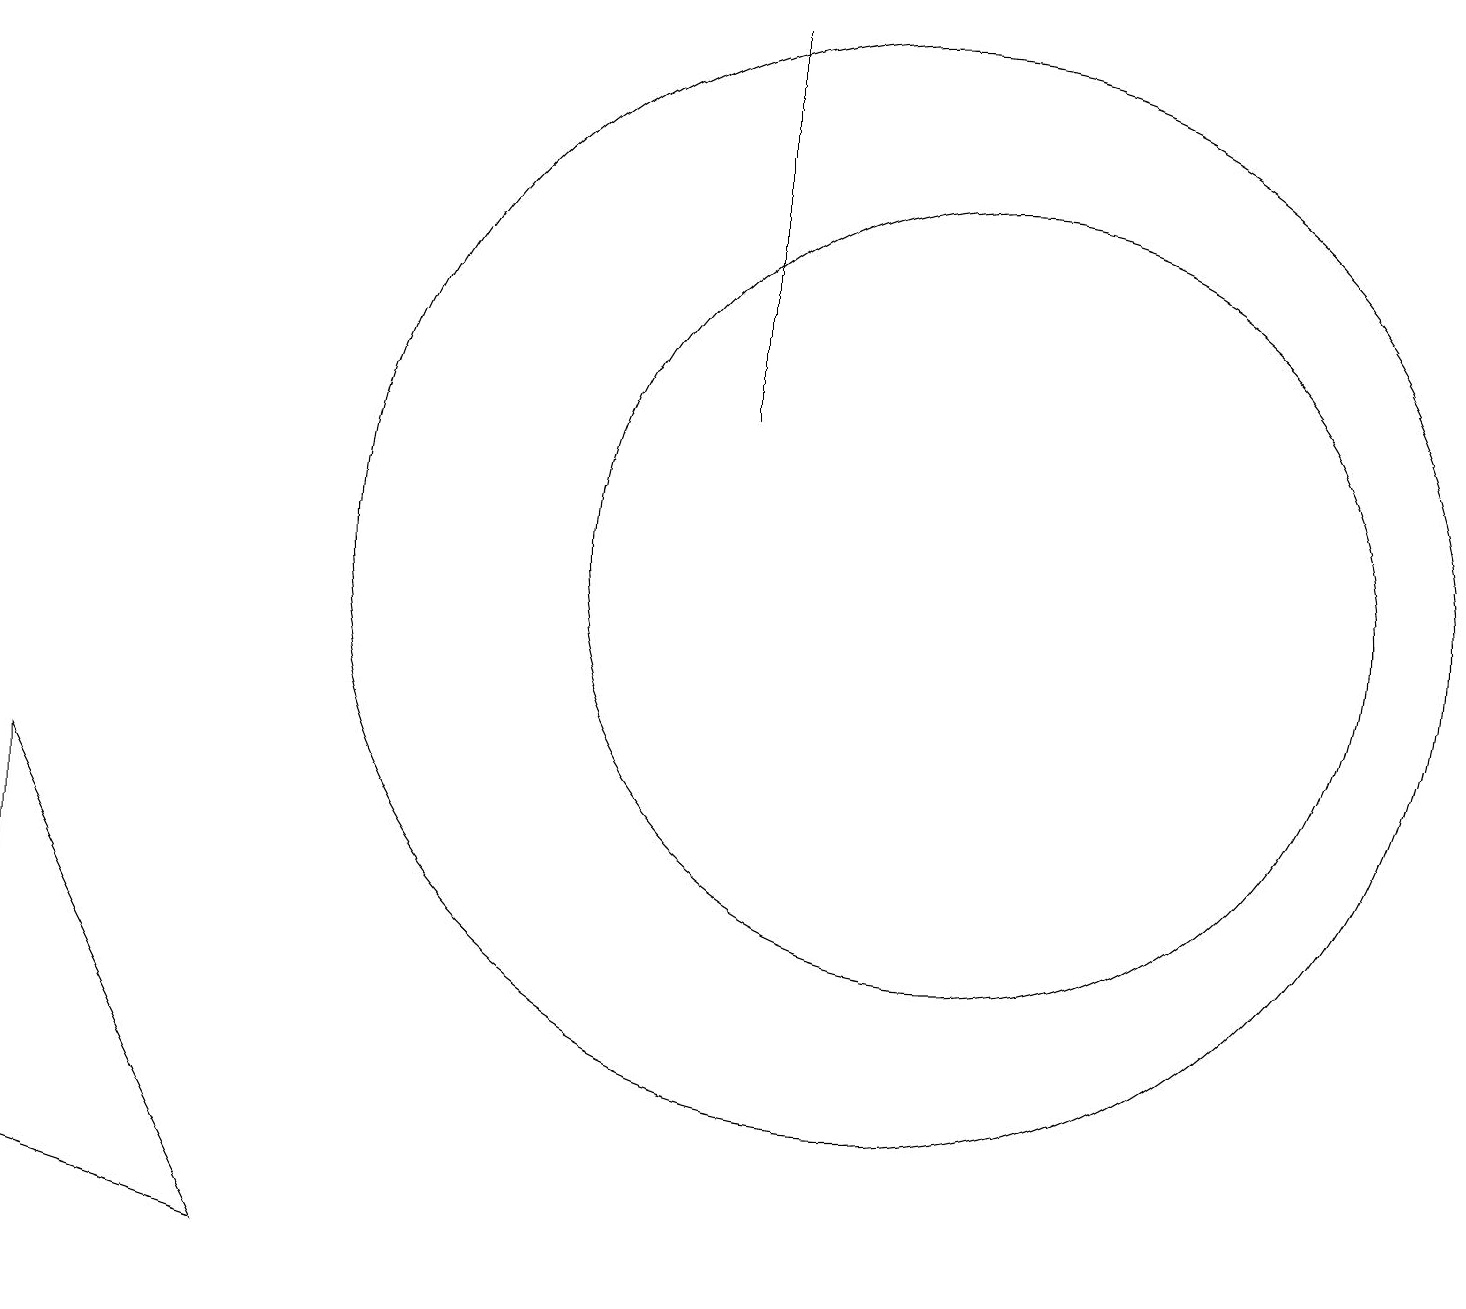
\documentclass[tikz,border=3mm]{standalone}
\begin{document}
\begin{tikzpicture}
\draw (11,10) circle (7);
\draw (12,10) circle (5);
\draw (9,17) rectangle (9,12);
\draw (0,2) -- (0,7) -- (3,1) -- cycle;
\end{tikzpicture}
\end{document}